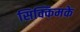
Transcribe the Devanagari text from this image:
सिक्किमके